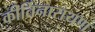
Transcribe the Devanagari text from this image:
कीर्तिनारायण